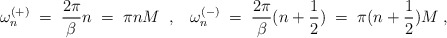
\begin{align*}\omega^{(+)}_n \;=\; \frac{2 \pi}{\beta} n \;=\; \pi n M \;\;,\;\;\;\omega^{(-)}_n \;=\; \frac{2 \pi}{\beta} (n+\frac{1}{2}) \;=\; \pi(n+\frac{1}{2}) M \;,\end{align*}